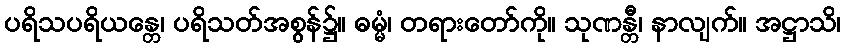
ပရိသပရိယန္တေ၊ ပရိသတ်အစွန်၌။ ဓမ္မံ၊ တရားတော်ကို။ သုဏန္တီ၊ နာလျက်။ အဋ္ဌာသိ၊